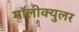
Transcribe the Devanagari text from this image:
मॉलीक्युलर